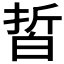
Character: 𰤙